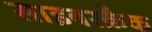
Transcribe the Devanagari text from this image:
साइबरक्रैक